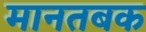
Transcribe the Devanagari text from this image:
मानतबक